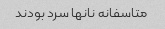
متاسفانه نانها سرد بودند